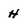
Character: H